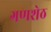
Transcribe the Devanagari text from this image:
गणशेठ